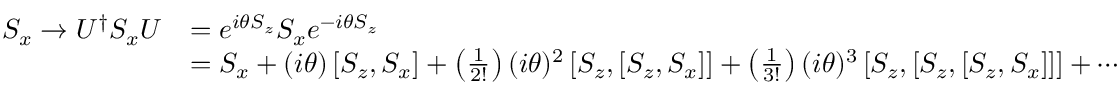
{ \begin{array} { r l } { S _ { x } \rightarrow U ^ { \dagger } S _ { x } U } & { = e ^ { i \theta S _ { z } } S _ { x } e ^ { - i \theta S _ { z } } } \\ & { = S _ { x } + ( i \theta ) \left[ S _ { z } , S _ { x } \right] + \left( { \frac { 1 } { 2 ! } } \right) ( i \theta ) ^ { 2 } \left[ S _ { z } , \left[ S _ { z } , S _ { x } \right] \right] + \left( { \frac { 1 } { 3 ! } } \right) ( i \theta ) ^ { 3 } \left[ S _ { z } , \left[ S _ { z } , \left[ S _ { z } , S _ { x } \right] \right] \right] + \cdots } \end{array} }